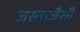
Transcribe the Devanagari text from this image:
जस्ताजैसी